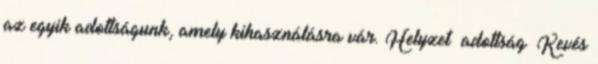
az egyik adottságunk, amely kihasználásra vár. Helyzet adottság ▪Kevés